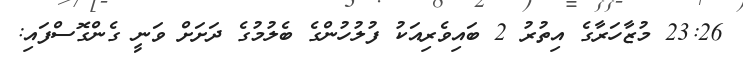
23:26 މުޒާހަރާގެ އިތުރު 2 ބައިވެރިއަކު ފުލުހުންގެ ބެލުމުގެ ދަށަށް ވަނީ ގެންގޮސްފައި: